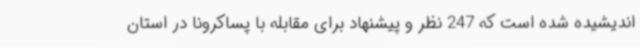
اندیشیده شده است که 247 نظر و پیشنهاد برای مقابله با پساکرونا در استان